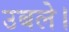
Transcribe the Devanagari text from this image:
उबले।